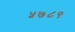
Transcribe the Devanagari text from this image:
५७८९